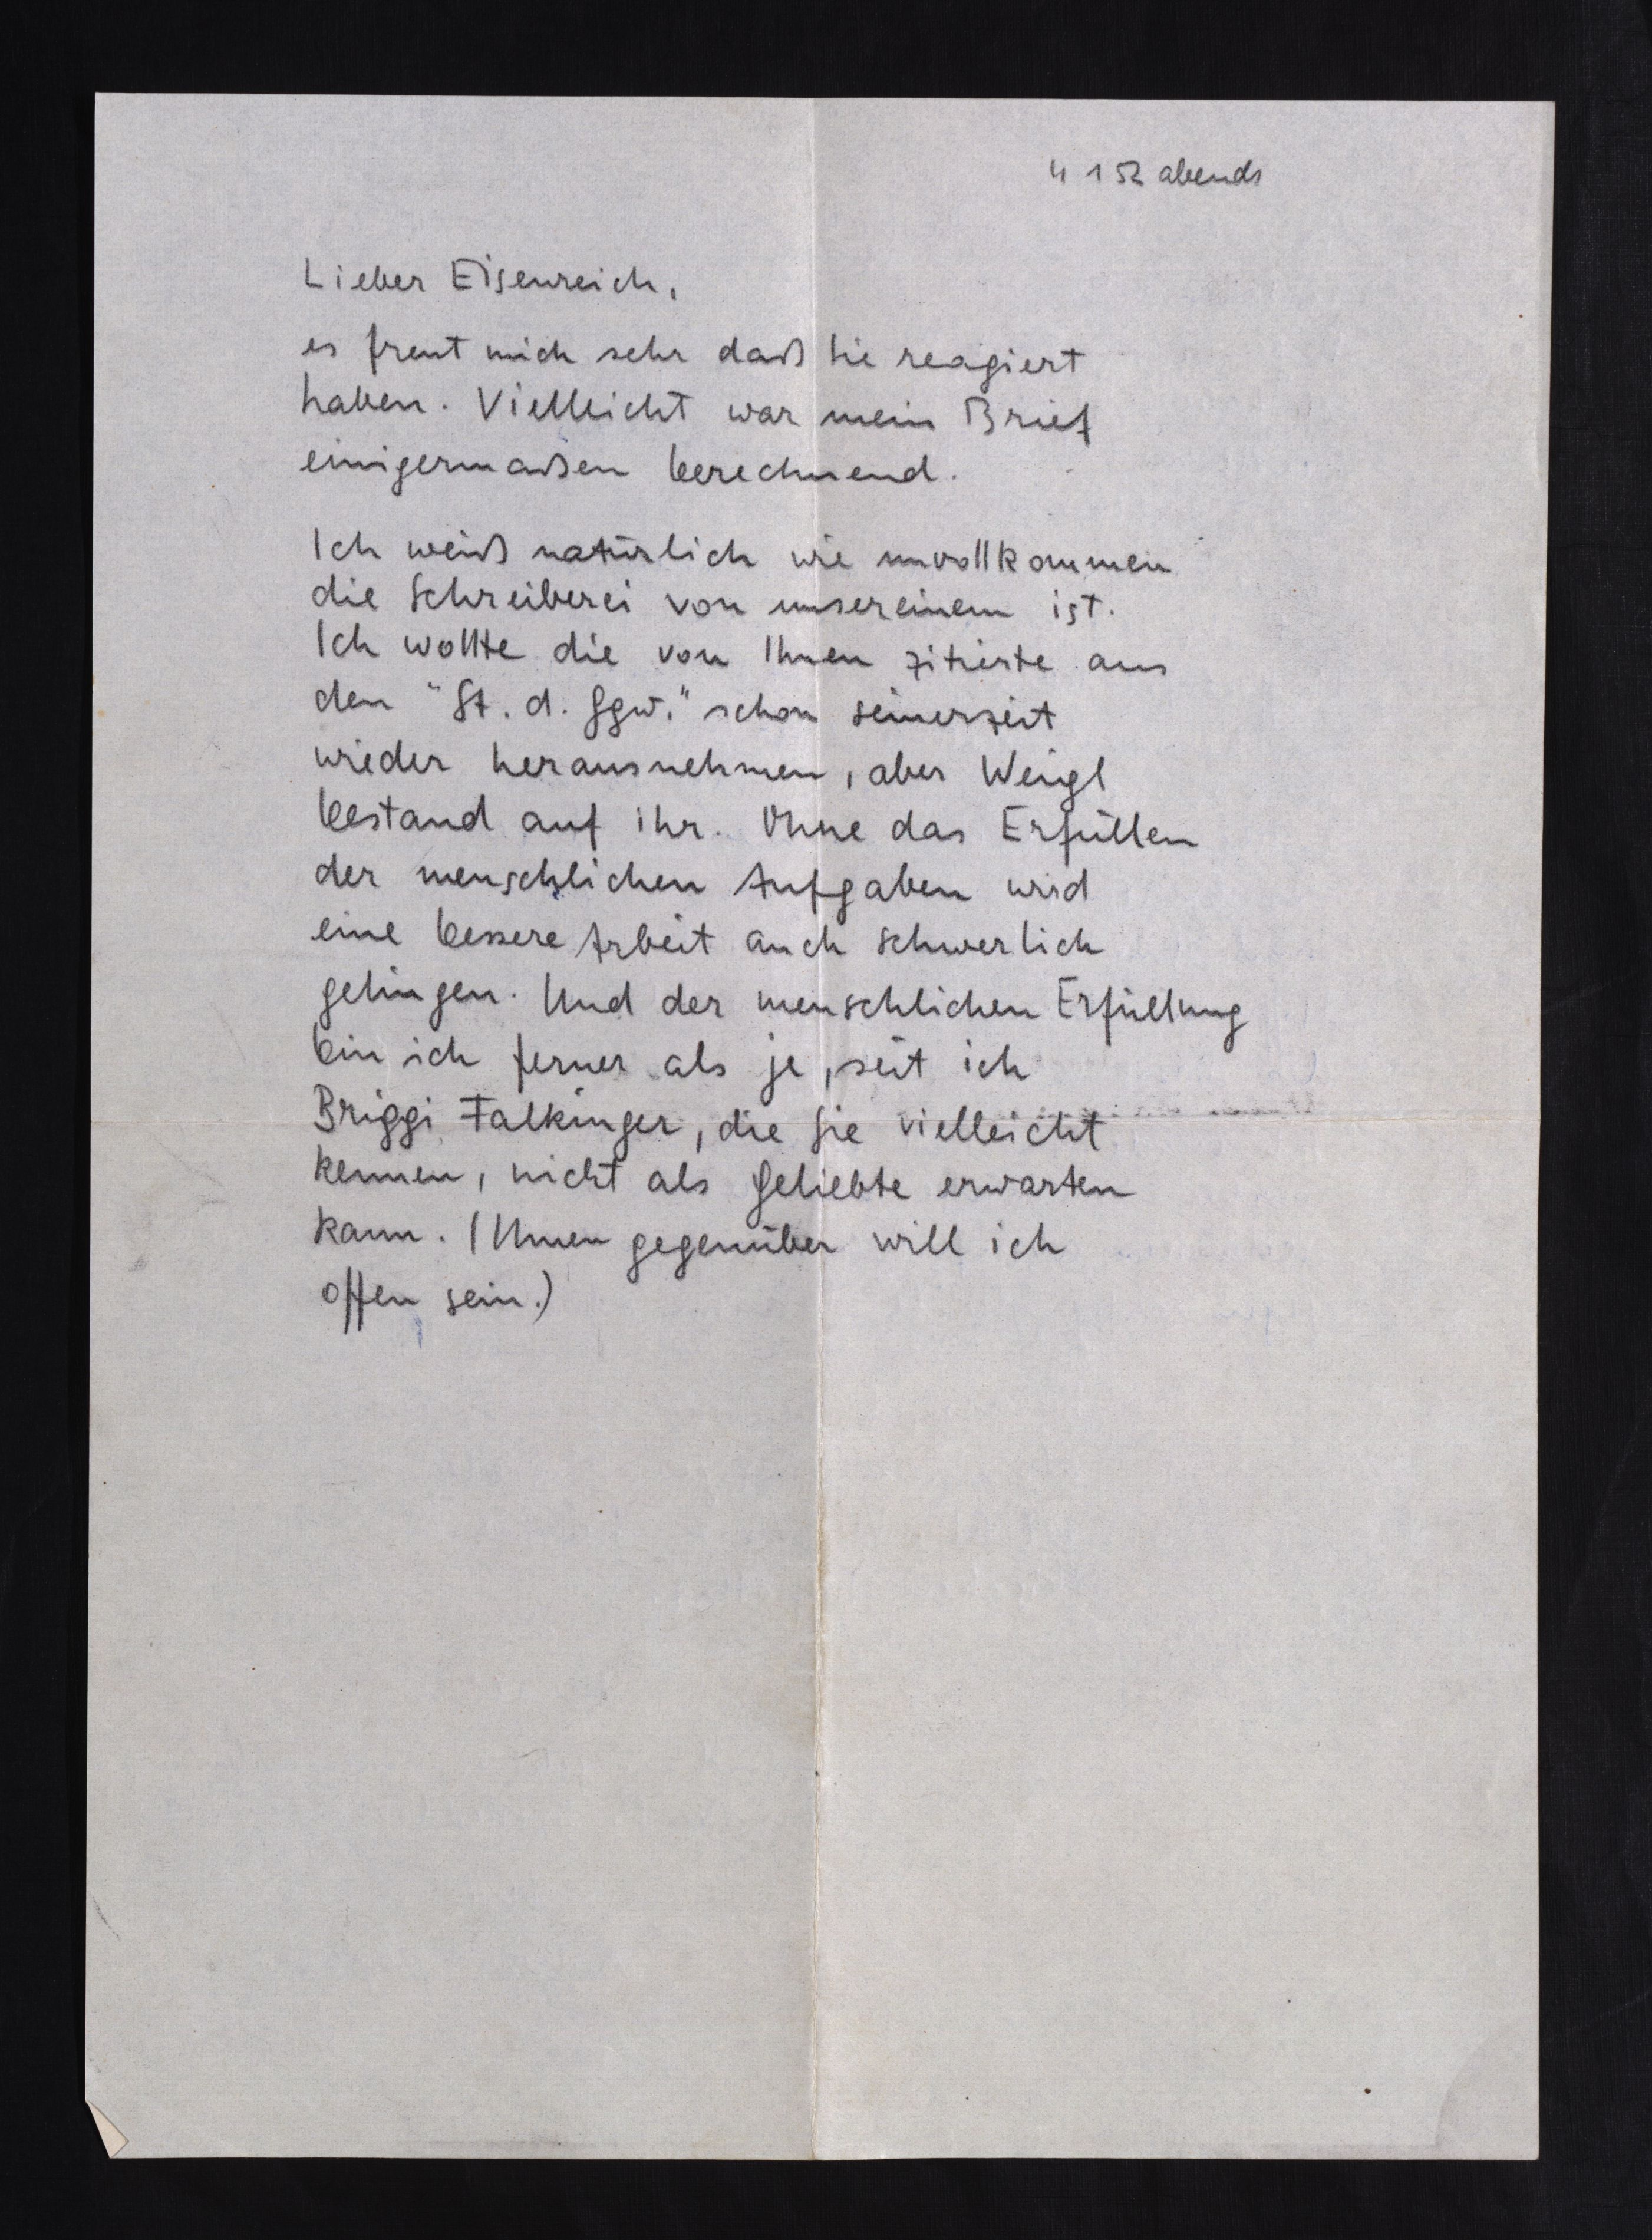
4 1 52 abends
Lieber Eisenreich,
es freut mich sehr daß Sie reagiert
haben. Vielleicht war mein Brief
einigermaßen berechnend.
Ich weiß natürlich wie unvollkommen
die Schreiberei von unsereinem ist.
Ich wollte die von Ihnen zitierte aus
den "St. d. Ggw." schon seinerzeit
wieder herausnehmen, aber Weigel
bestand auf ihr. Ohne das Erfüllen
der menschlichen Aufgaben wird
eine bessere Arbeit auch schwerlich
gelingen. Und der menschlichen Erfüllung
bin ich ferner als je, seit ich
Briggi Falkinger, die Sie vielleicht
kennen, nicht als Geliebte erwarten
kann. (Ihnen gegenüber will ich
offen sein.)